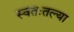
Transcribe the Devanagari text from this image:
स्वतःतल्या